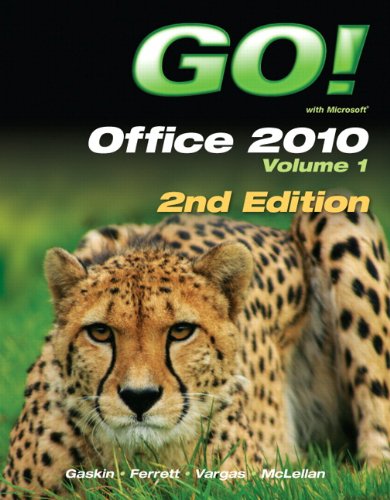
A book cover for GO! with Office 2010 Volume 1 (2nd Edition); Shelley Gaskin; Computers & Technology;